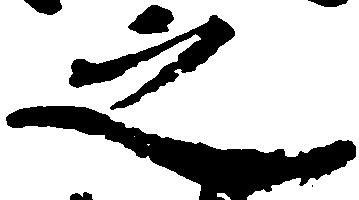
之